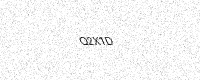
Text: Q2X1D